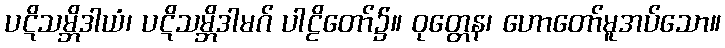
ပဋိသမ္ဘိဒါယံ၊ ပဋိသမ္ဘိဒါမဂ် ပါဠိတော်၌။ ဝုတ္တေန၊ ဟောတော်မူအပ်သော။